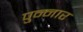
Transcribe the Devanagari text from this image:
पुन्नार